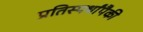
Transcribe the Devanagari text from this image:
प्रतिस्पर्धांपैकी